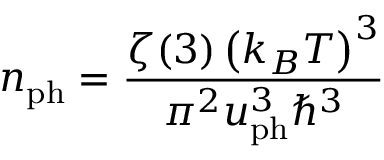
n _ { \mathrm { p h } } = \frac { \zeta ( 3 ) \left( k _ { B } T \right) ^ { 3 } } { \pi ^ { 2 } u _ { \mathrm { p h } } ^ { 3 } \hbar ^ { 3 } }